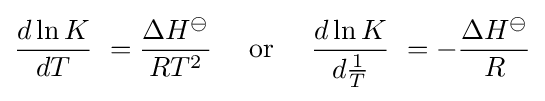
{\frac {d\ln K}{dT}}\ ={\frac {\Delta H^{\ominus }}{RT^{2}}}\quad {\mbox{ or }}\quad {\frac {d\ln K}{d{\tfrac {1}{T}}}}\ =-{\frac {\Delta H^{\ominus }}{R}}